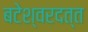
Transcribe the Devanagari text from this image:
बटेश्वरदत्त